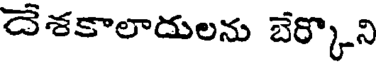
దేశకాలాదులను బేర్కొని